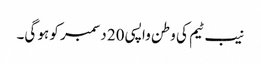
نیب ٹیم کی وطن واپسی 20 دسمبر کو ہو گی۔